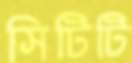
সিটিটি